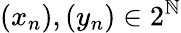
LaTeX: (x_{n}),(y_{n})\in 2^{\mathbb{N}}